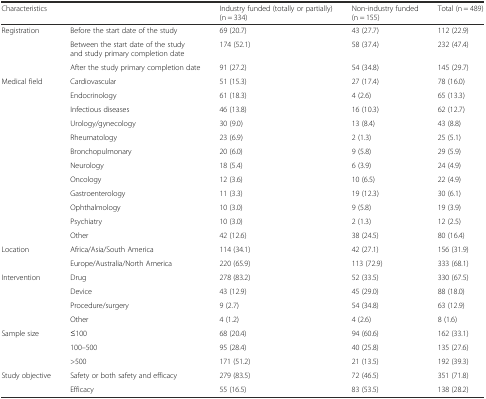
<table><thead><tr><td colspan="2"><b>Characteristics</b></td><td><b>Industry funded (totally or partially) (n = 334)</b></td><td><b>Non-industry funded (n = 155)</b></td><td><b>Total (n = 489)</b></td></tr></thead><tbody><tr><td>Registration</td><td>Before the start date of the study</td><td>69 (20.7)</td><td>43 (27.7)</td><td>112 (22.9)</td></tr><tr><td></td><td>Between the start date of the study and study primary completion date</td><td>174 (52.1)</td><td>58 (37.4)</td><td>232 (47.4)</td></tr><tr><td></td><td>After the study primary completion date</td><td>91 (27.2)</td><td>54 (34.8)</td><td>145 (29.7)</td></tr><tr><td>Medical field</td><td>Cardiovascular</td><td>51 (15.3)</td><td>27 (17.4)</td><td>78 (16.0)</td></tr><tr><td></td><td>Endocrinology</td><td>61 (18.3)</td><td>4 (2.6)</td><td>65 (13.3)</td></tr><tr><td></td><td>Infectious diseases</td><td>46 (13.8)</td><td>16 (10.3)</td><td>62 (12.7)</td></tr><tr><td></td><td>Urology/gynecology</td><td>30 (9.0)</td><td>13 (8.4)</td><td>43 (8.8)</td></tr><tr><td></td><td>Rheumatology</td><td>23 (6.9)</td><td>2 (1.3)</td><td>25 (5.1)</td></tr><tr><td></td><td>Bronchopulmonary</td><td>20 (6.0)</td><td>9 (5.8)</td><td>29 (5.9)</td></tr><tr><td></td><td>Neurology</td><td>18 (5.4)</td><td>6 (3.9)</td><td>24 (4.9)</td></tr><tr><td></td><td>Oncology</td><td>12 (3.6)</td><td>10 (6.5)</td><td>22 (4.9)</td></tr><tr><td></td><td>Gastroenterology</td><td>11 (3.3)</td><td>19 (12.3)</td><td>30 (6.1)</td></tr><tr><td></td><td>Ophthalmology</td><td>10 (3.0)</td><td>9 (5.8)</td><td>19 (3.9)</td></tr><tr><td></td><td>Psychiatry</td><td>10 (3.0)</td><td>2 (1.3)</td><td>12 (2.5)</td></tr><tr><td></td><td>Other</td><td>42 (12.6)</td><td>38 (24.5)</td><td>80 (16.4)</td></tr><tr><td>Location</td><td>Africa/Asia/South America</td><td>114 (34.1)</td><td>42 (27.1)</td><td>156 (31.9)</td></tr><tr><td></td><td>Europe/Australia/North America</td><td>220 (65.9)</td><td>113 (72.9)</td><td>333 (68.1)</td></tr><tr><td>Intervention</td><td>Drug</td><td>278 (83.2)</td><td>52 (33.5)</td><td>330 (67.5)</td></tr><tr><td></td><td>Device</td><td>43 (12.9)</td><td>45 (29.0)</td><td>88 (18.0)</td></tr><tr><td></td><td>Procedure/surgery</td><td>9 (2.7)</td><td>54 (34.8)</td><td>63 (12.9)</td></tr><tr><td></td><td>Other</td><td>4 (1.2)</td><td>4 (2.6)</td><td>8 (1.6)</td></tr><tr><td>Sample size</td><td>≤100</td><td>68 (20.4)</td><td>94 (60.6)</td><td>162 (33.1)</td></tr><tr><td></td><td>100–500</td><td>95 (28.4)</td><td>40 (25.8)</td><td>135 (27.6)</td></tr><tr><td></td><td>&gt;500</td><td>171 (51.2)</td><td>21 (13.5)</td><td>192 (39.3)</td></tr><tr><td rowspan="2">Study objective</td><td>Safety or both safety and efficacy</td><td>279 (83.5)</td><td>72 (46.5)</td><td>351 (71.8)</td></tr><tr><td>Efficacy</td><td>55 (16.5)</td><td>83 (53.5)</td><td>138 (28.2)</td></tr></tbody></table>